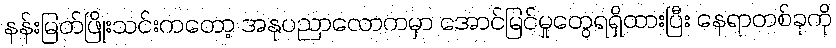
နန်းမြတ်ဖြိုးသင်းကတော့ အနုပညာလောကမှာ အောင်မြင်မှုတွေရရှိထားပြီး နေရာတစ်ခုကို